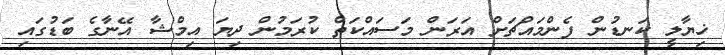
ޚިޔާލީ ކަނޑުން ފެންމައްޗަށް އަރަން މަސައްކަތް ކުރަމުން ދިޔަ އިމްޝާ އޭނާގެ ބަޑުގައި